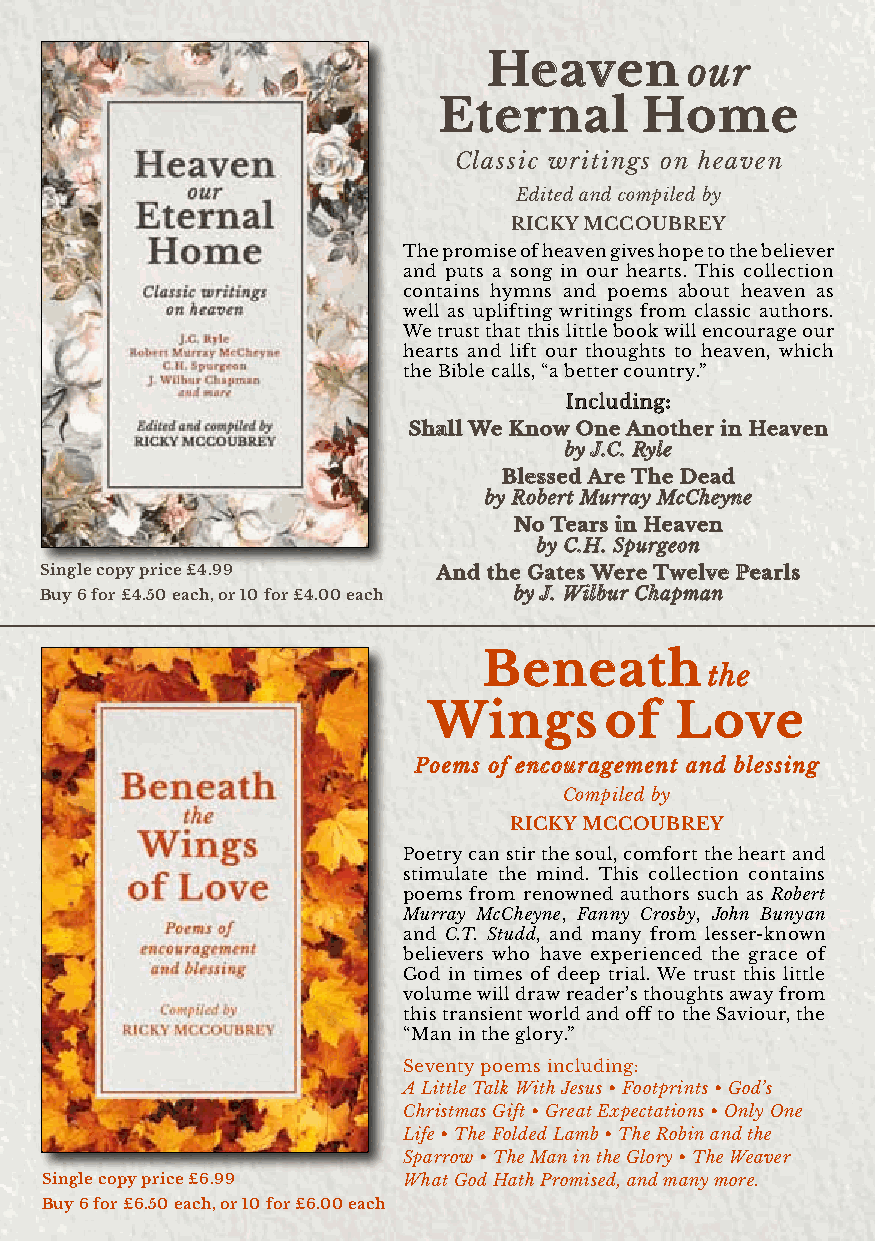
Heaven       our
 New  & Bestselling Fiction
 eternal      Home
 The Spice King             The Spice King
 Elizabeth Camden           Elizabeth Camden
 Classic writings on heaven
 Romance and political      Romance and political
 intrigue in the new Hope and Edited anidn tcroigmupe iilne dth be ynew Hope and
 Glory series, set in turn-of- Glory series, set in turn-of-
 Ricky mccouBRey
 the-century Washington, D.C. the-century Washington, D.C.
 From the author of Lady of The promise of heavenF groivme tsh he oaputeh toor tohf eL abdeyl oife ver
 Tarpon Springs. and puts a song in ouTarr phoena Srptrsin. gTs.his collection
 £9.99         contains hymns and £p9o.9e9ms about heaven as
 well as uplifting writings from classic authors.
 We trust that this little book will encourage our
 The Spice King hearts and lift our thTohueg hSptsi cteo K hinegaven, which
 Elizabeth Camden the Bible calls, “a betteErli zcaobeuthn Ctramy.d”en
 Romance and political      Romance and political
 Including:
 intrigue in the new Hope and intrigue in the new Hope and
 Glory series, set in turn-of- Shall We know onGelo rAy nseoritehs,e sert iinn t uHrne-aovf-en
 the-century Washington, D.C. by Jt.Che.- Rceynlteury Washington, D.C.
 From the author of Lady of From the author of Lady of
 Blessed Are The Dead
 Tarpon Springs.            Tarpon Springs.
 £9.99              by Robert Mu£r9r.9a9y McCheyne
 No Tears in Heaven
 by C.H. Spurgeon
 Single copy price £4.99   And the Gates Were Twelve Pearls
 Buy 6 for £4.50 each, or 10 for £4.00 each by J. Wilbur Chapman
 Beneath
 the
 Wings       of   Love
 Poems of encouragement and blessing
 Compiled by
 Ricky mccouBRey
 Poetry can stir the soul, comfort the heart and
 stimulate the mind. This collection contains
 poems from renowned authors such as Robert
 Murray McCheyne, Fanny Crosby, John Bunyan
 and C.T. Studd, and many from lesser-known
 believers who have experienced the grace of
 God in times of deep trial. We trust this little
 volume will draw reader’s thoughts away from
 this transient world and off to the Saviour, the
 “Man in the glory.”
 Seventy poems including:
 A Little Talk With Jesus • Footprints • God’s
 Christmas Gift • Great Expectations • Only One
 Life • The Folded Lamb • The Robin and the
 Sparrow • The Man in the Glory • The Weaver
 Single copy price £6.99 What God Hath Promised, and many more.
 4Buy 6 for £6.50 each, owr w10 wfo.ra £rd6.s0b0o eoakchshop.com | 028 9181 7530